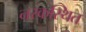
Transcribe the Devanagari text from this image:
नरकस्थित